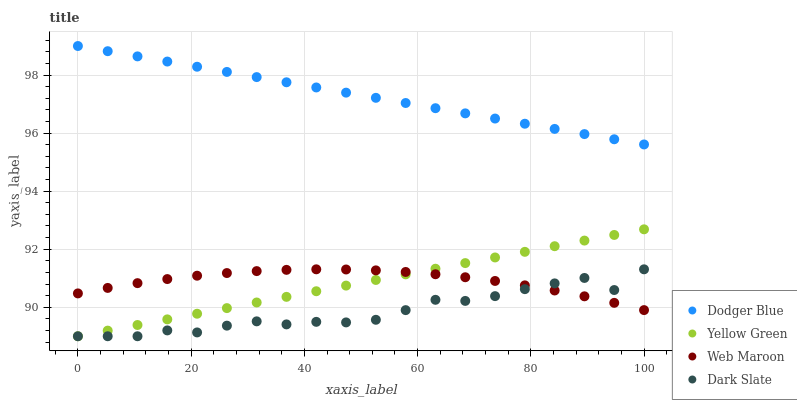
| xaxis_label | Dodger Blue | Yellow Green | Web Maroon | Dark Slate |
 | --- | --- | --- | --- | --- |
 | 0 | 99 | 89 | 90.5 | 89 |
 | 5.26 | 98.8 | 89.2 | 90.7 | 89 |
 | 10.5 | 98.6 | 89.4 | 90.8 | 89 |
 | 15.8 | 98.5 | 89.6 | 91 | 89.2 |
 | 21.1 | 98.3 | 89.8 | 91.1 | 89.1 |
 | 26.3 | 98.1 | 90 | 91.2 | 89.4 |
 | 31.6 | 97.9 | 90.2 | 91.2 | 89.5 |
 | 36.8 | 97.8 | 90.4 | 91.3 | 89.4 |
 | 42.1 | 97.6 | 90.6 | 91.3 | 89.5 |
 | 47.4 | 97.4 | 90.7 | 91.3 | 89.5 |
 | 52.6 | 97.2 | 90.9 | 91.3 | 89.6 |
 | 57.9 | 97 | 91.1 | 91.2 | 89.9 |
 | 63.2 | 96.9 | 91.3 | 91.1 | 90.3 |
 | 68.4 | 96.7 | 91.5 | 91 | 90.2 |
 | 73.7 | 96.5 | 91.7 | 90.9 | 90.4 |
 | 78.9 | 96.3 | 91.9 | 90.8 | 90.6 |
 | 84.2 | 96.1 | 92.1 | 90.6 | 90.8 |
 | 89.5 | 96 | 92.3 | 90.4 | 91 |
 | 94.7 | 95.8 | 92.5 | 90.2 | 90.6 |
 | 100 | 95.6 | 92.7 | 89.9 | 91.3 |